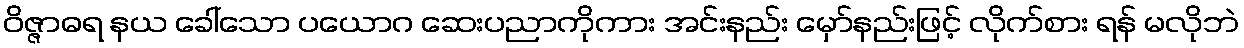
ဝိဇ္ဇာဓရ နယ ခေါ်သော ပယောဂ ဆေးပညာကိုကား အင်းနည်း မှော်နည်းဖြင့် လိုက်စား ရန် မလိုဘဲ